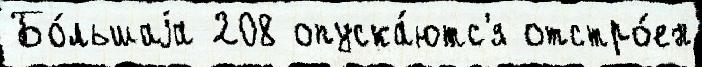
Бо́льшаjа 208 опуска́ютс'я отстро́ен